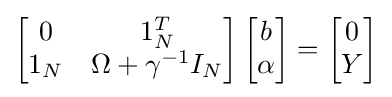
\left[{\begin{matrix}0&1_{N}^{T}\\1_{N}&\Omega +\gamma ^{-1}I_{N}\end{matrix}}\right]\left[{\begin{matrix}b\\\alpha \end{matrix}}\right]=\left[{\begin{matrix}0\\Y\end{matrix}}\right]